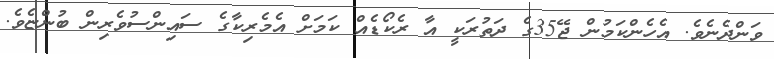
ވަންދެނެވެ. އެހެންކަމުން ޖޭ35ގެ ދަތުރަކީ އާ ރެކޯޑެއް ކަމަށް އެމެރިކާގެ ސައިންސުވެރިން ބުންޏެވެ.